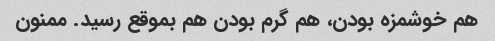
هم خوشمزه بودن، هم گرم بودن هم بموقع رسید. ممنون